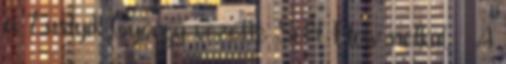
a Lustyik György vezette Soft Flow nélkül. — A